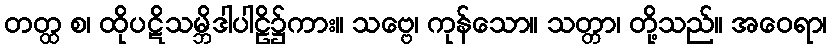
တတ္ထ စ၊ ထိုပဋိသမ္ဘိဒါပါဠိ၌ကား။ သဗ္ဗေ၊ ကုန်သော။ သတ္တာ၊ တို့သည်။ အဝေရာ၊